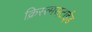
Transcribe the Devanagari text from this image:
क्रिस्त्मसटाईड